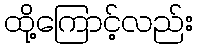
ထို့ကြောင့်လည်း